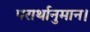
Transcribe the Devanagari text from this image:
परार्थानुमान।